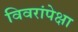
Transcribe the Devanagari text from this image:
विवरांपेक्षा